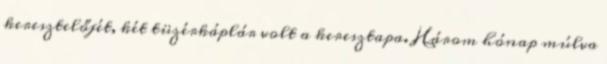
keresztelőjét, két tüzérkáplár volt a keresztapa. Három hónap múlva